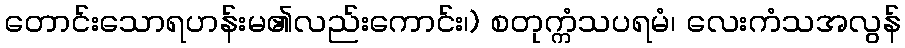
တောင်းသောရဟန်းမ၏လည်းကောင်း၊) စတုက္ကံသပရမံ၊ လေးကံသအလွန်